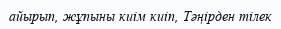
айырып, жұпыны киім киіп, Тәңірден тілек